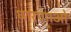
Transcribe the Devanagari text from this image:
धारणाओ